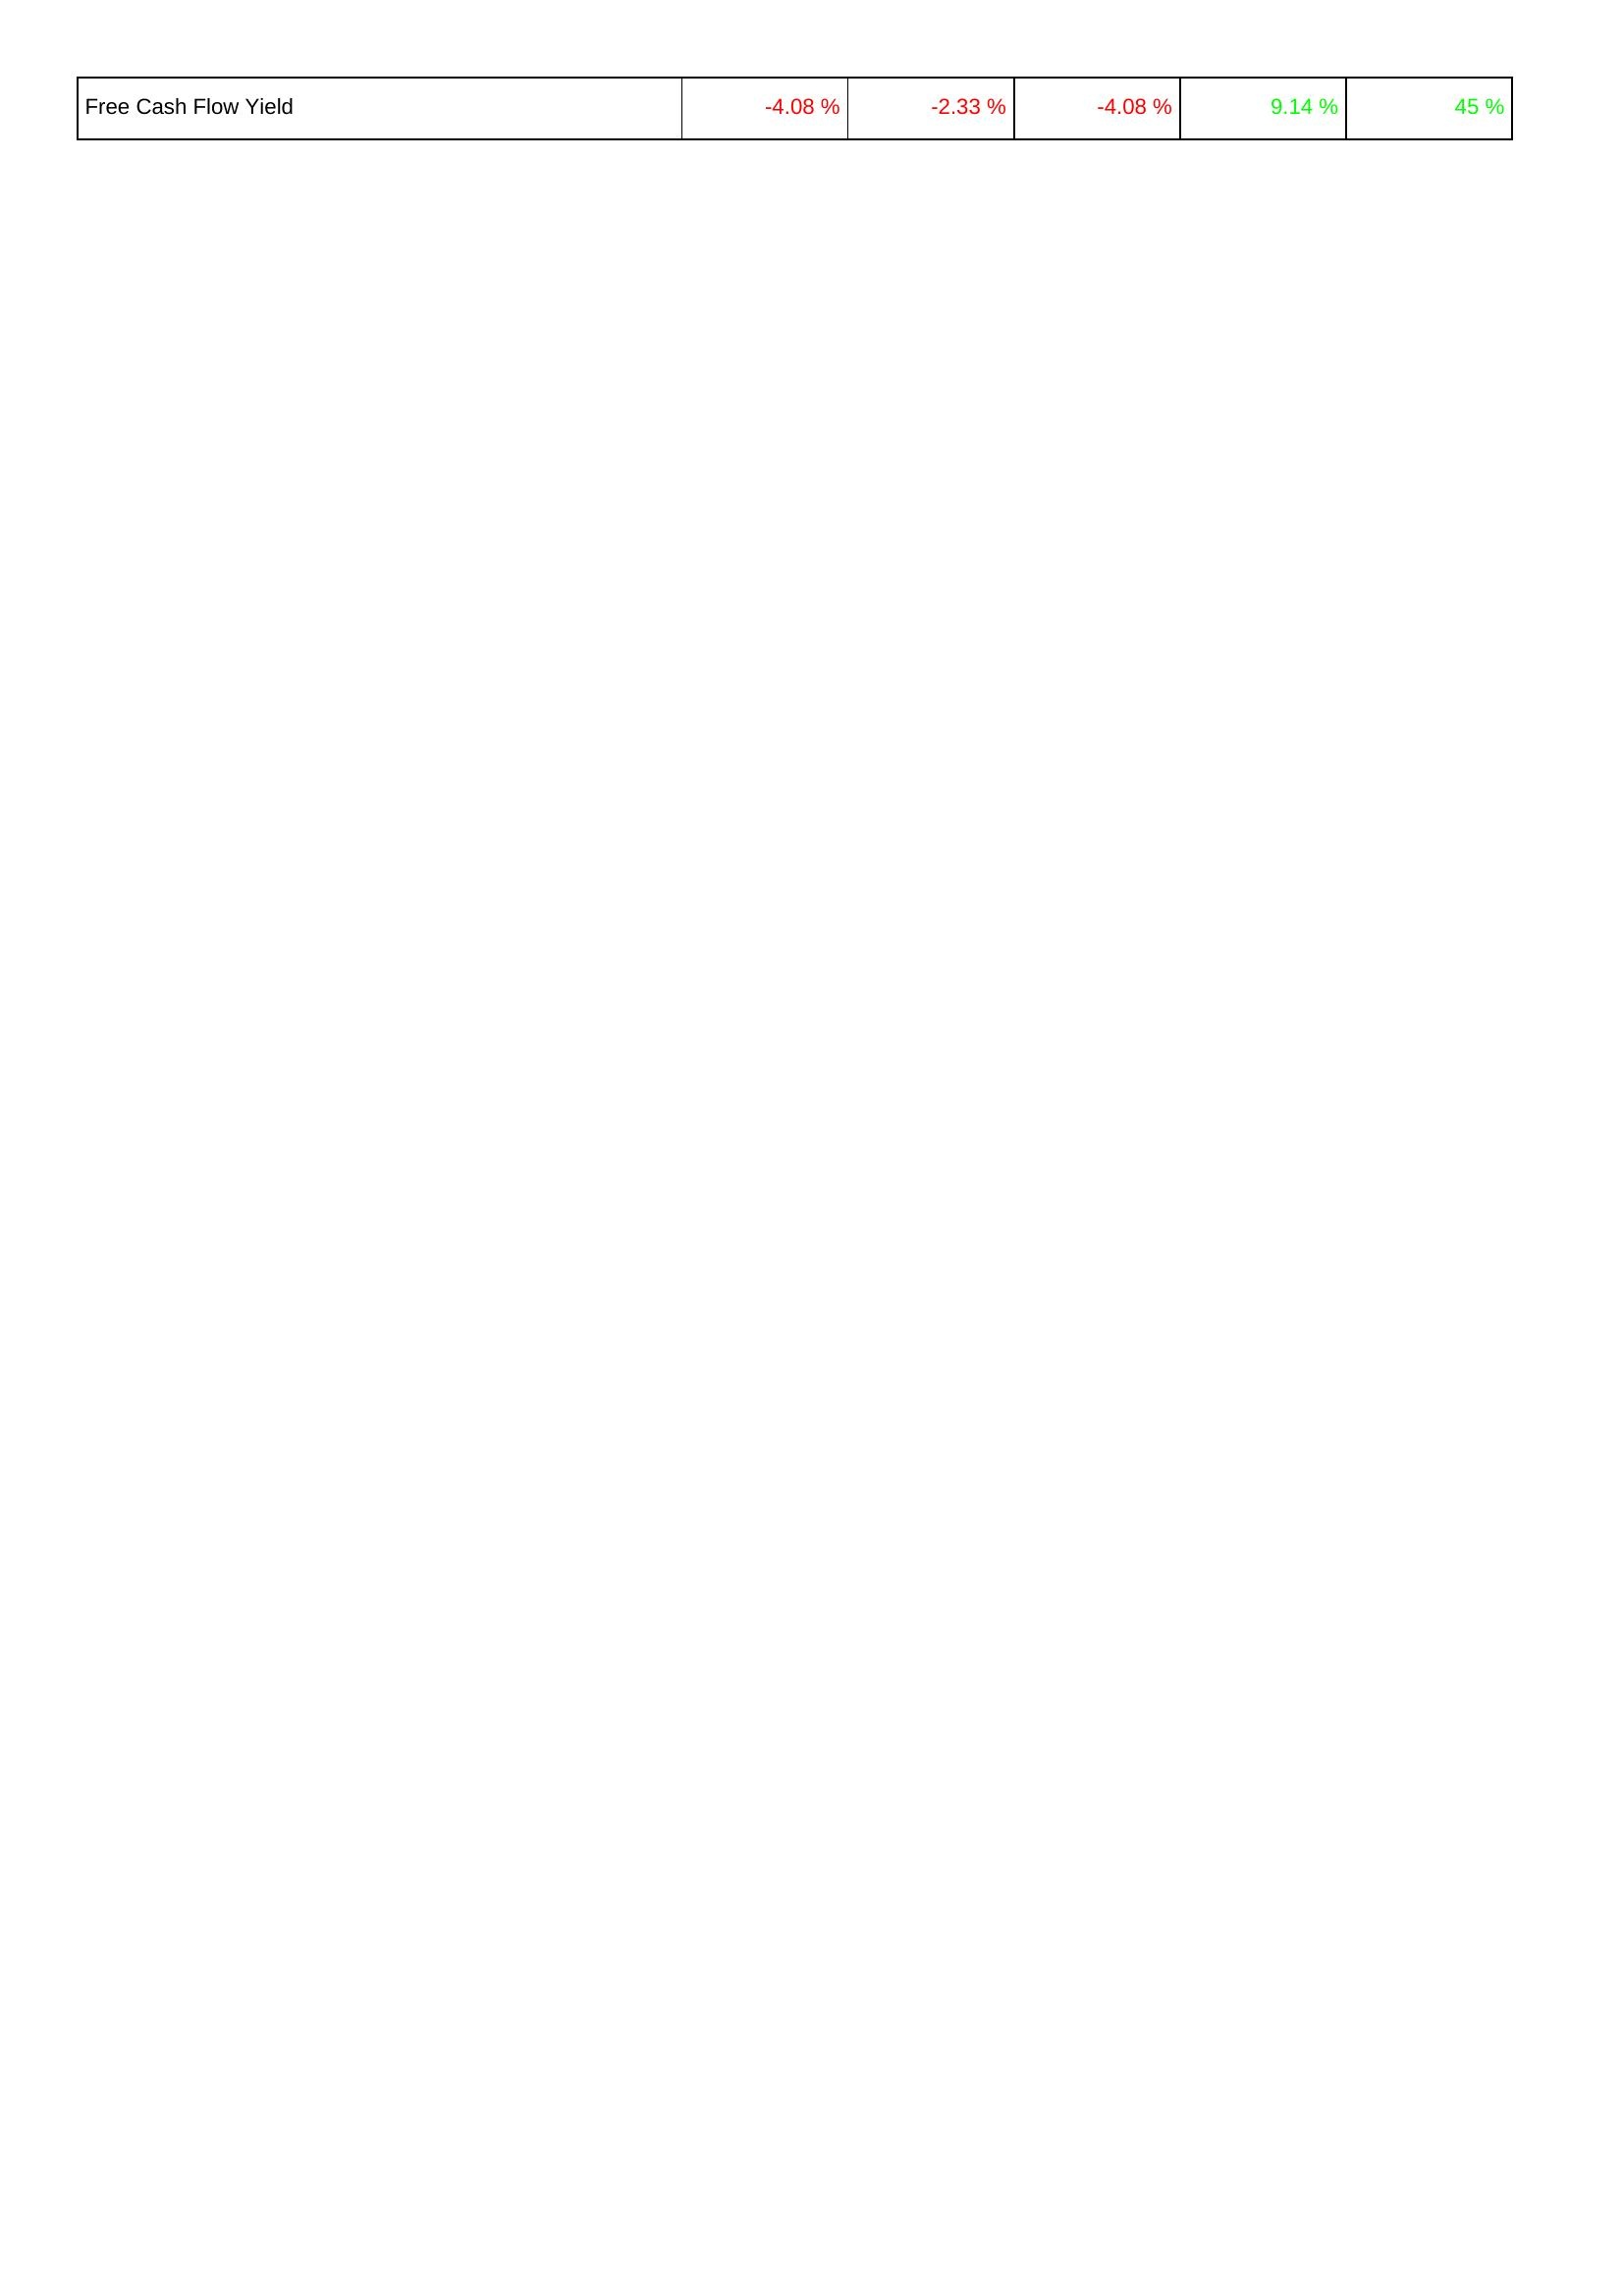
2016: Financing Activities: Free Cash Flow Yield: -4.08 %
2017: Financing Activities: Free Cash Flow Yield: -2.33 %
2018: Financing Activities: Free Cash Flow Yield: -4.08 %
2019: Financing Activities: Free Cash Flow Yield: 9.14 %
2020: Financing Activities: Free Cash Flow Yield: 45 %